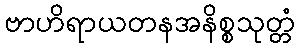
ဗာဟိရာယတနအနိစ္စသုတ္တံ